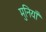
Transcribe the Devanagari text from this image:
मुनियाँ